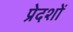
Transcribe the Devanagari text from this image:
प्रेदशों